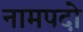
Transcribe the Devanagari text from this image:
नामपदो